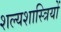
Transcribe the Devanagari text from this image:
शल्यशास्त्रियों